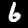
Label: 6